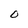
Character: 0